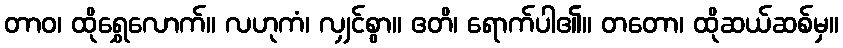
တာဝ၊ ထိုရွှေလောက်။ လဟုကံ၊ လျှင်စွာ။ ဧတိ၊ ရောက်ပါ၏။ တတော၊ ထိုဆယ်ဆစ်မှ။